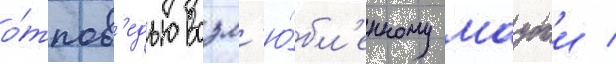
о́тпов'едью возл'ю́бл'енному маубои /